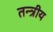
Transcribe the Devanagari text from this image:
तन्त्रीय